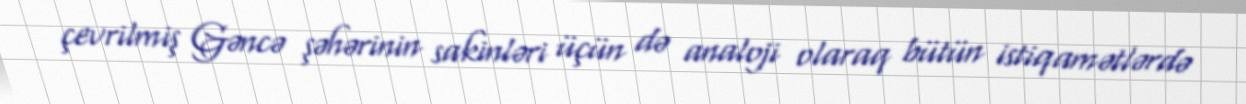
çevrilmiş Gəncə şəhərinin sakinləri üçün də analoji olaraq bütün istiqamətlərdə